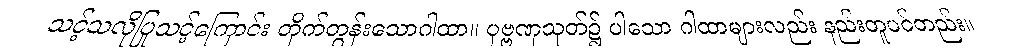
သင့်သလိုပြုသင့်ကြောင်း တိုက်တွန်းသောဂါထာ။ ပုဗ္ဗဏှသုတ်၌ ပါသော ဂါထာများလည်း နည်းတူပင်တည်း။